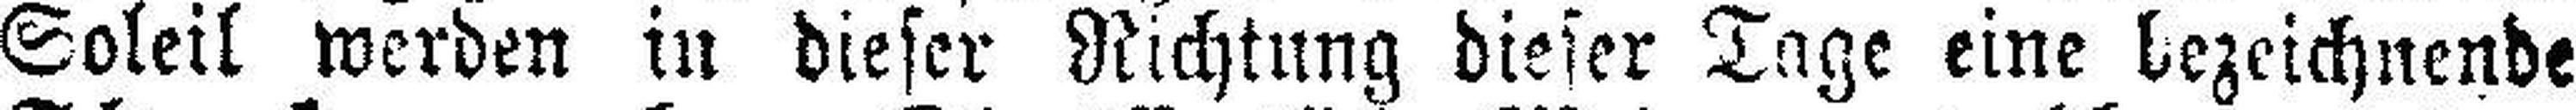
Soleil werden in dieser Richtung dieser Tage eine bezeichnende